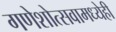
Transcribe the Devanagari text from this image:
गणेशोत्सवामध्येही